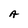
Character: A